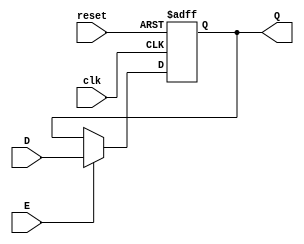
`timescale 1ns / 1ps
//////////////////////////////////////////////////////////////////////////////////
// Company: CECS 361 
// 
// Design Name: 
// Module Name: register
// Project Name: 
// Target Devices: 
// Tool Versions: 
// Description: 
// 
// Dependencies: 
// 
// Revision:
// Revision 0.01 - File Created
// Additional Comments:
// 
//////////////////////////////////////////////////////////////////////////////////

module Register(
    input clk,
    input reset,
    input E,
    input [3:0] D,
    output reg [3:0] Q
    );
    
always @ (posedge clk, posedge reset)
if (reset) Q <= 4'b0; else
if (E) Q <= D;
  
endmodule